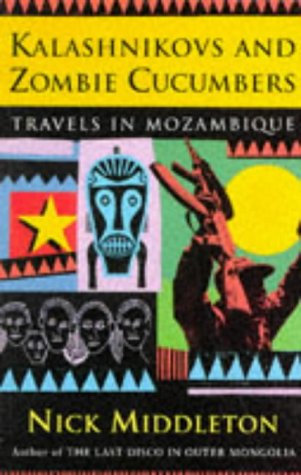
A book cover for Kalashnikovs and Zombie Cucumbers: Travels in Mozambique; Nicholas J. Middleton; Travel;